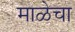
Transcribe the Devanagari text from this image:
माळेचा